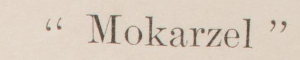
"Mokarzel"